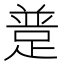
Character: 𨂝